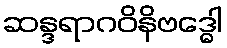
ဆန္ဒရာဂဝိနိဗဒ္ဓေါ